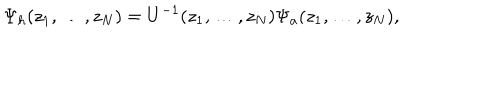
LaTeX: \Psi _ { h } ( z _ { 1 } , \dots , z _ { N } ) = U ^ { - 1 } ( z _ { 1 } , \dots , z _ { N } ) \Psi _ { a } ( z _ { 1 } , \dots , z _ { N } ) ,